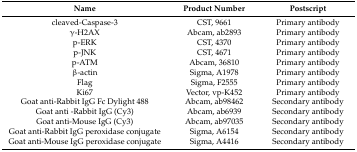
<table><thead><tr><td><b>Name</b></td><td><b>Product Number</b></td><td><b>Postscript</b></td></tr></thead><tbody><tr><td>cleaved-Caspase-3</td><td>CST, 9661</td><td>Primary antibody</td></tr><tr><td>γ-H2AX</td><td>Abcam, ab2893</td><td>Primary antibody</td></tr><tr><td>p-ERK</td><td>CST, 4370</td><td>Primary antibody</td></tr><tr><td>p-JNK</td><td>CST, 4671</td><td>Primary antibody</td></tr><tr><td>p-ATM</td><td>Abcam, 36810</td><td>Primary antibody</td></tr><tr><td>β-actin</td><td>Sigma, A1978</td><td>Primary antibody</td></tr><tr><td>Flag</td><td>Sigma, F2555</td><td>Primary antibody</td></tr><tr><td>Ki67</td><td>Vector, vp-K452</td><td>Primary antibody</td></tr><tr><td>Goat anti-Rabbit IgG Fc Dylight 488</td><td>Abcam, ab98462</td><td>Secondary antibody</td></tr><tr><td>Goat anti -Rabbit IgG (Cy3)</td><td>Abcam, ab6939</td><td>Secondary antibody</td></tr><tr><td>Goat anti-Mouse IgG (Cy3)</td><td>Abcam, ab97035</td><td>Secondary antibody</td></tr><tr><td>Goat anti-Rabbit IgG peroxidase conjugate</td><td>Sigma, A6154</td><td>Secondary antibody</td></tr><tr><td>Goat anti-Mouse IgG peroxidase conjugate</td><td>Sigma, A4416</td><td>Secondary antibody</td></tr></tbody></table>